Calcutta medical institutions reports 1871-78
Year: 1871
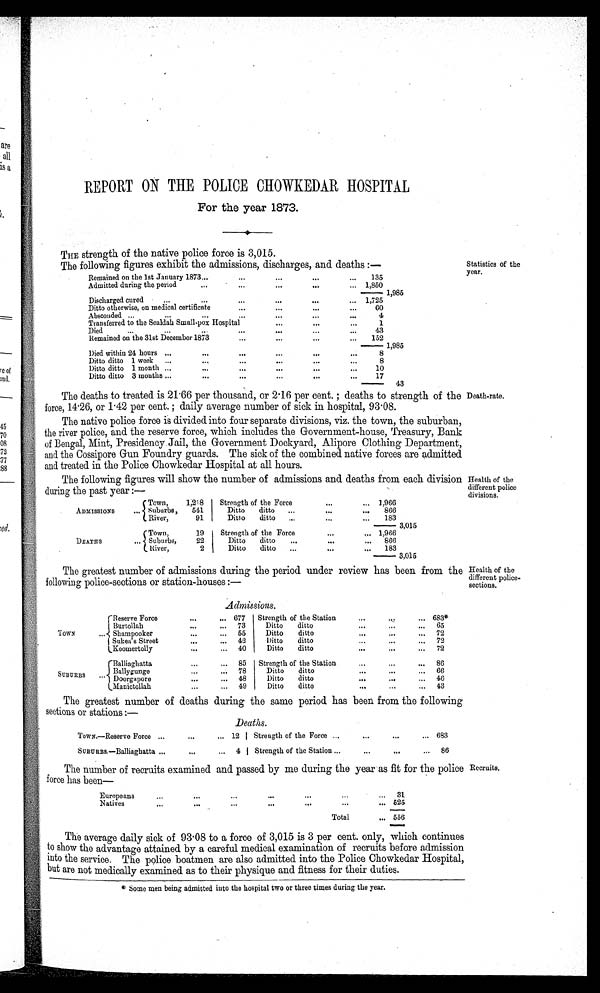
REPORT ON THE POLICE CHOWKEDAR HOSPITAL
For the year 1873.
THE strength of the native police force is 3,015.
The following figures exhibit the admissions, discharges, and deaths:—
Remained on the 1st January 1873
135
Admitted during the period
1,850 1 , 9 8 5
Discharged cured
1,725
•••
••11
Ditto otherwise, on medical certificate...
60
Absconded
4
Transferred to the Sealdah Small-pox Hospital
1
Died
...
D
43
Remained on the 31st December 1873
152
1,985
Died within 24 hours
8
Ditto ditto 1 week
8
Ditto ditto 1 month
10
D i t t o d i t t o 3 m o n t h s
17
4 3
Statistics of the
year.
The deaths to treated is 21·66 per thousand, or 2·16 per cent.; deaths to strength of the
force, 14·26, or 1·42 per cent.; daily average number of sick in hospital, 93·08.
The native police force is divided into four separate divisions, viz. the town, the suburban,
the river police, and the reserve force, which includes the Government-house, Treasury, Bank
of Bengal, Mint, Presidency Jail, the Government Dockyard, Alipore Clothing Department,
and the Cossipore Gun Foundry guards. The sick of the combined native forces are admitted
a n d t r e a t e d i n t h e P o l i c e C h o w k e d a r H o s p i t a l a t t h e h o u r s .
The following figures will show the number of admissions and deaths from each division
during the past year:—
Town
1,218
Strength of the Force
1,966
ADMISSIONS
suburbs,
541
Ditto ditto
866
River,
91
Ditto ditto
183
3,015
Town
1 9
S t r e n g t h o f t h e F o r c e
1,966
DEATHS
Suburbs,
22
Ditto ditto
866
River,
2
Ditto ditto.
183 3,015
Death-rate.
Health of the
different police
divisions.
Health of the
different police-
sections.
The greatest number of admissions during the period under review has been from the
following police-sections or station-houses :—
Admissions.
Reserve Force
677
Strength of the Station
683*
Burtollah
73
Ditto ditto
65
TOWN
Shampooker
55
Ditto ditto
72
Sukea's Street
42
Ditto ditto
72
Koomertolly
40
Ditto ditto
72
Balliaghatta
85 Strenth of the station
86
SUBURBS
Ballygunge
78 8
Ditto ditto
66
Doorgapore
4 8
Ditto ditto
4 6
Manictollah
49
Ditto ditto
43
The greatest number of deaths during the same period has been from the following
sections or stations:—
Deaths.
TowN.—Reserve Force
12
Strength of the Force
683
SUBURBS.—Balliaghatta
4
Strength of the Station
86
The number of recruits examined and passed by me during the year as fit for the police
force has been—
Europeans
31
N atives
525
Total
556
The average daily sick of 93·08 to a force of 3,015 is 3 per cent. only, which continues
t o show the advantage attained by a careful medical examination of recruits before admission
into the service. The police boatmen are also admitted into the Police Chowkedar Hospital,
but are not medically examined as to their physique and fitness for their duties.
*Some men being admitted into the hospital two or three times during the year.
Recruits.